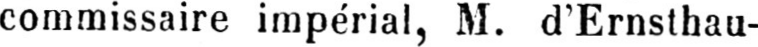
commissaire impérial, M. d’Ernsthau-